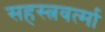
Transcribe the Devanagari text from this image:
सहस्‍त्रवर्त्‍मा